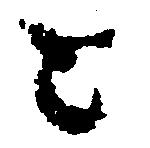
と